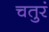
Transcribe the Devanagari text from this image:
चतुरं